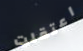
اعتقلت